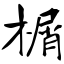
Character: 榍